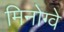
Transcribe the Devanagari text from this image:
मिनोग्वे